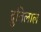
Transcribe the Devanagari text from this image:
दुतिलाल